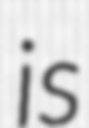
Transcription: is